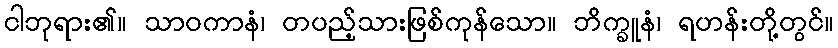
ငါဘုရား၏။ သာဝကာနံ၊ တပည့်သားဖြစ်ကုန်သော။ ဘိက္ခူနံ၊ ရဟန်းတို့တွင်။